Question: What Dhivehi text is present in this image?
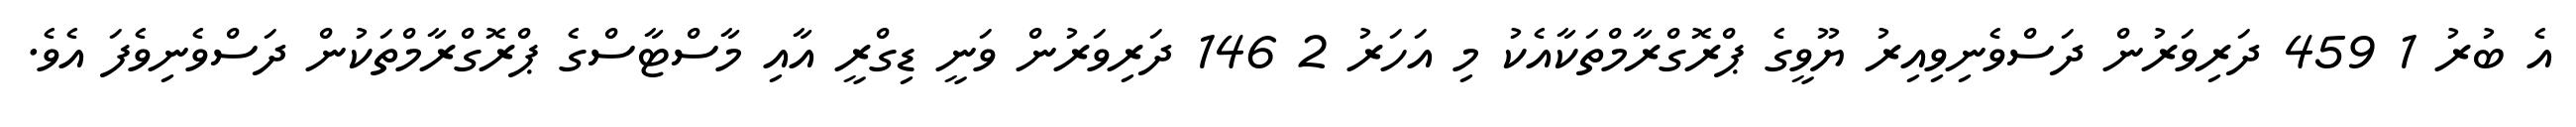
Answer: އެ ބުރު 1 459 ދަރިވަރުން ދަސްވެނިވިއިރު ޔޫވީގެ ޕްރޮގްރާމްތަކާއެކު މި އަހަރު 2 146 ދަރިވަރުން ވަނީ ޑިގްރީ އާއި މާސްޓާސްގެ ޕްރޮގްރާމްތަކުން ދަސްވެނިވެފަ އެވެ.